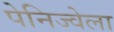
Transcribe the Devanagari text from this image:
पेनिज्वेला